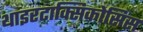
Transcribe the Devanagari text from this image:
थाइरटाक्सिकोसिस